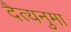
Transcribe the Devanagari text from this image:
दैत्यनुमा